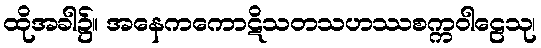
ထိုအခါ၌။ အနေကကောဋိသတသဟဿစက္ကဝါဠေသု၊